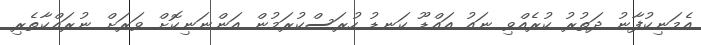
އެމަނިކުފާނު ދަތުރު ކުރެއްވި ނައު އައްޑޫ ކަނޑު ހުރަސްކުރަމުން އަންނަނިކޮށް ވަރަށް ނުރައްކާތެރި